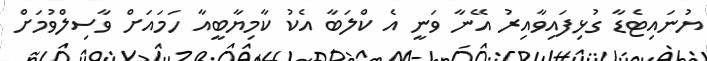
ޔުނައިޓެޑާ ގުޅިފައިވާއިރު އޭނާ ވަނީ އެ ކްލަބާ އެކު ކާމިޔާބީއާ ހަމައަށް ވާސިލްވުމަށް